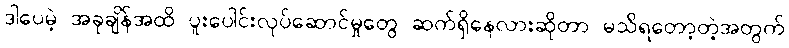
ဒါပေမဲ့ အခုချိန်အထိ ပူးပေါင်းလုပ်ဆောင်မှုတွေ ဆက်ရှိနေလားဆိုတာ မသိရတော့တဲ့အတွက်